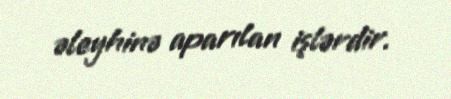
əleyhinə aparılan işlərdir.